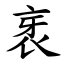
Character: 衺